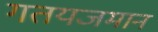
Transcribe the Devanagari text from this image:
गतयजमान